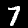
Label: 7